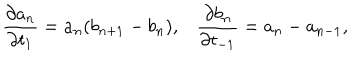
\frac { \partial a _ { n } } { \partial t _ { 1 } } = a _ { n } ( b _ { n + 1 } - b _ { n } ) , \frac { \partial b _ { n } } { \partial t _ { - 1 } } = a _ { n } - a _ { n - 1 } ,